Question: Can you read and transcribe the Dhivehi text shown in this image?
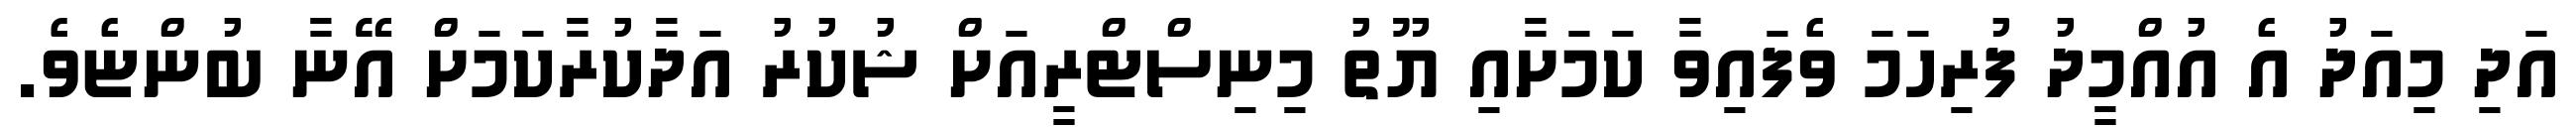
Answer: އަދި މިއަދު އެ އުއްމީދު ފުރިހަމަ ވެފައިވާ ކަމަށާއި ޔޫތު މިނިސްޓްރީއަށް ޝުކުރު އަދާކުރާކަމަށް އޭނާ ބުންޏެވެ.